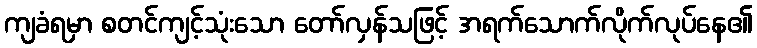
ကျခံရမှာ စတင်ကျင့်သုံးသော တော်လှန်သဖြင့် အရက်သောက်လိုက်လုပ်နေ၏